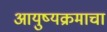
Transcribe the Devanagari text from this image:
आयुष्यक्रमाचा